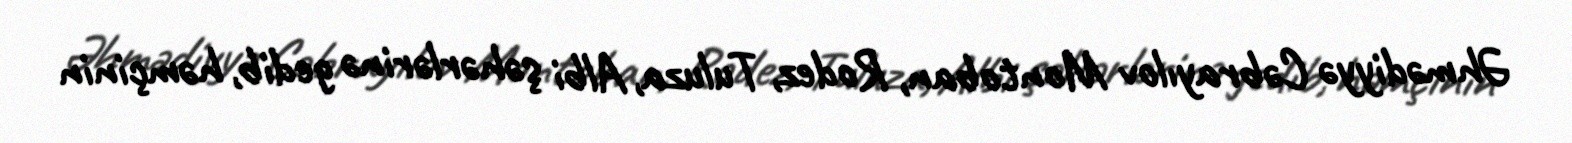
Əhmədiyyə Cəbrayılov Montoban, Rodez, Tuluza, Albi şəhərlərinə gedib, həmçinin